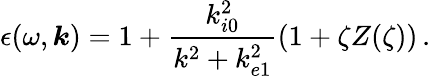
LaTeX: \epsilon(\omega,\boldsymbol{k})=1+\frac{k_{i0}^{2}}{k^{2}+k_{e1}^{2}}(1+\zeta Z(\zeta))\, .